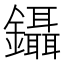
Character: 鑷